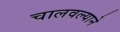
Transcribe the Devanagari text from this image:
चालवल्याने